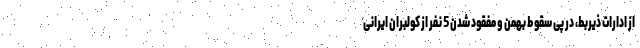
از ادارات ذیربط، در پی سقوط بهمن و مفقود شدن 5 نفر از کولبران ایرانی